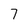
Character: 7